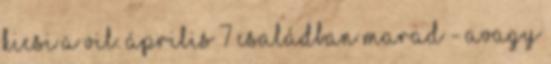
kicsi a vil. április 7 Családban marad - avagy